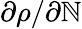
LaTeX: \partial\rho/\partial\mathbb{N}